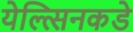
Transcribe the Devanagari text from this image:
येल्त्सिनकडे